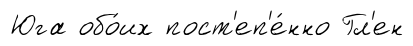
Юга обо́их пост'еп'е́нно Гл'ен